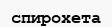
спирохета